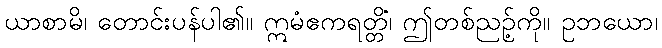
ယာစာမိ၊ တောင်းပန်ပါ၏။ ဣမံဧကရတ္တိံ၊ ဤတစ်ညဉ့်ကို။ ဥဘယော၊